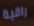
راقية